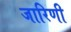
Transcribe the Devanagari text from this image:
जारिणी